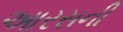
આરસની